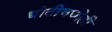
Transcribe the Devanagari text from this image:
धोटीमध्येही